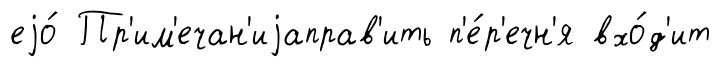
еjо́ Пр'им'ечан'иjаправ'ить п'е́р'ечн'я вхо́д'ит